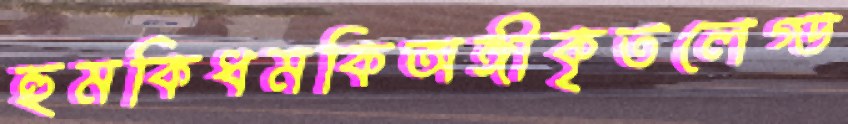
হুমকিধমকিঅঙ্গীকৃতলেগ্ড